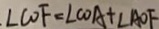
. \angle C O F = \angle C O A + \angle A O F